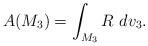
\begin{align*}A(M_{3})= \int_{M_3}R~ dv_3 . \end{align*}